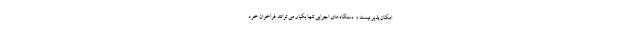
امکان پذیر نیست و دستگاه‌های اجرایی تنها یکبار می توانند فراخوان خود